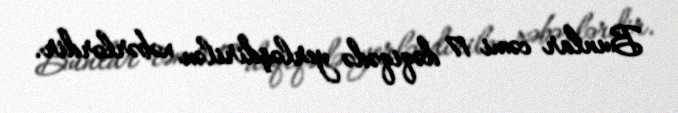
Bunlar cəmi 17 dəqiqədə yerləşdirilən xəbərlərdir.